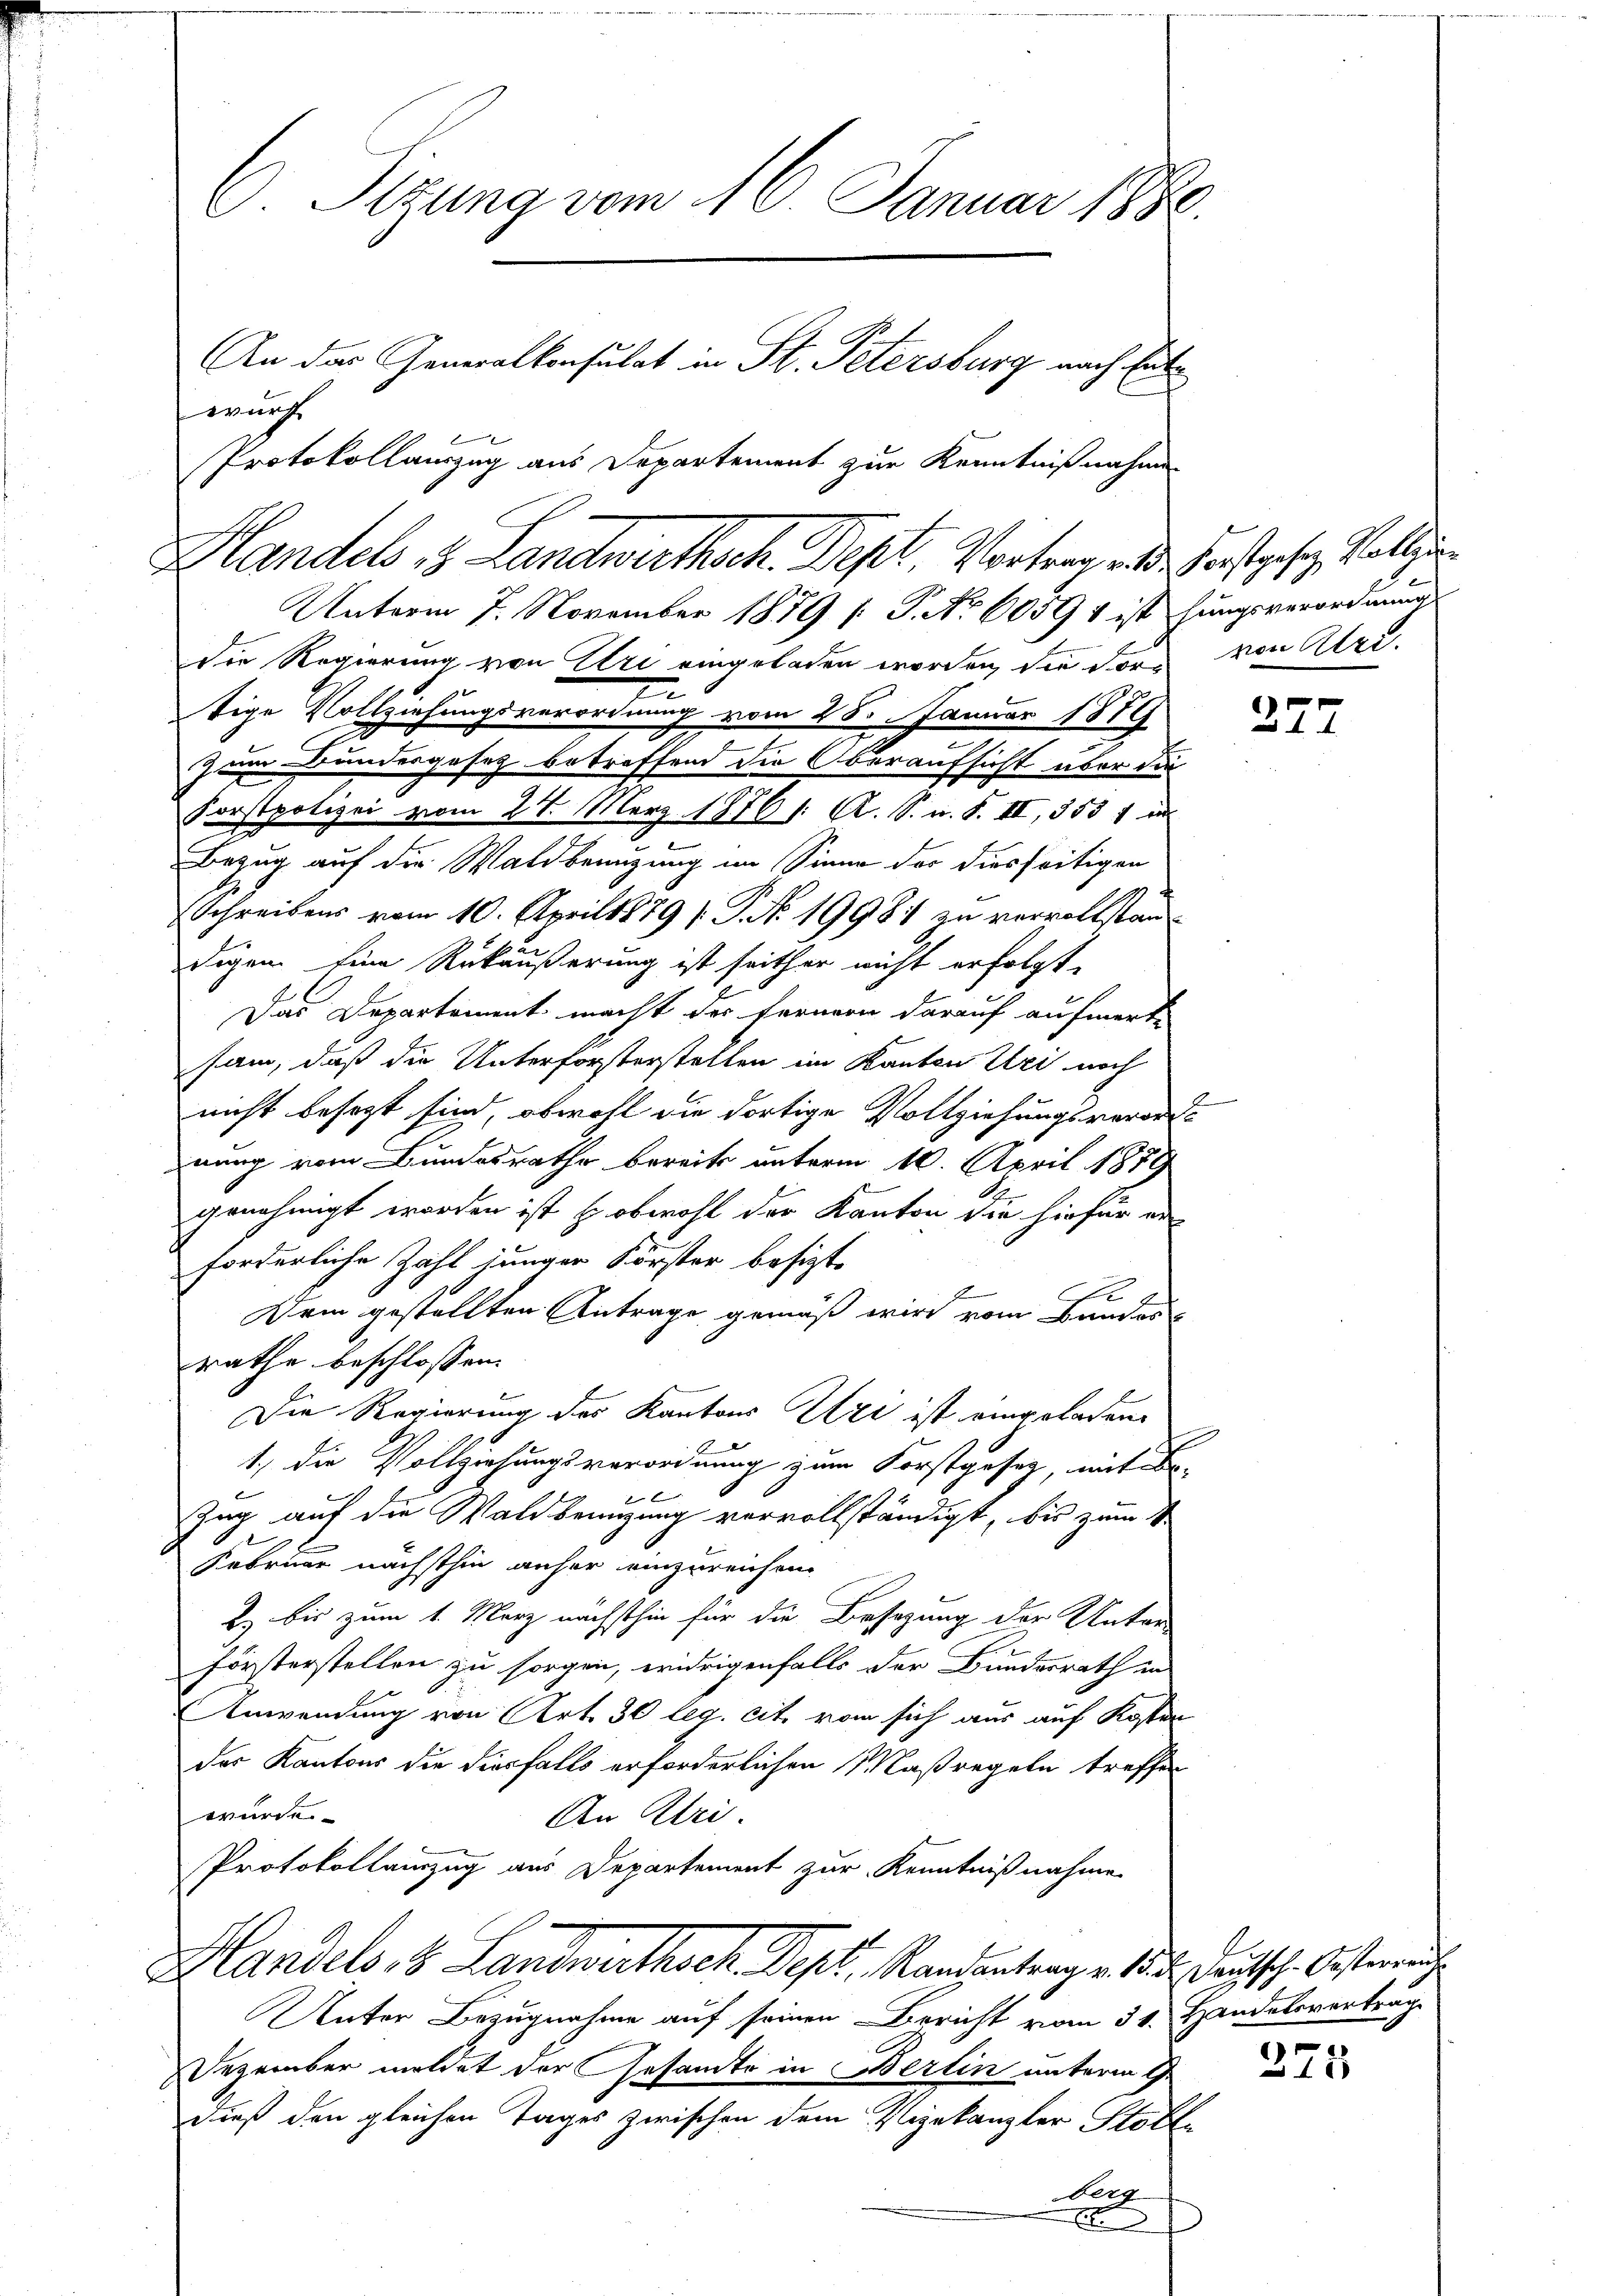
C. Sitzung vom 16. Januar 1880.
An das Generalkonsulat in St. Petersburg nach Entwurf
Protokollauszug aus Departement zur Kenntnißnahme

Unterm 7. November 1879 [ P. Nr. 6059 & ist hungsverordnung
die Regierung von Uri eingeladen worden, die Forn von Art.
tige Vollziehungsverordnung vom 28. Januar 1879
zum Bundesgesetz betreffend die Oberaufsicht über die
Forstpolizei vom 27. März 1876 /: A. S. n. F. II, 3531 an
Bezug auf die Waldbenutzung im Sinne der diesseitigen
Schreibens vom 10. April 1879 P. No. 19981 zu vervollstandigen Eine Rükäußerung ist seither nicht erfolgt.
Das Departement macht des Fernern darauf aufmerke
sam, daß die Unterförsterstellen im Rauben Uri noch
nicht besezt sind, obwohl die dortige Vollziehungsverodes
nung vom Bundesrathe bereits unterm 10. April 1879
genehmigt worden ist, so obwohl der Kanton die hiefür ei
forderliche Zahl jungen Förster besizt,
Dem gestellten Antrage gemäß wird vom Bundes-
rathe beschlossen:
Die Regierung des Kantons Uri ist eingeladen.
1.) Die Vollziehungsverordnung zum Forstgesetz, mit Be-
x
Zug auf die Waldbenuzung vervollständigt, bis zum V
Februar nächsthin anher einzureichen
Es bis zum 1. März nächsthin für die Besizung der Unter-
Försterstellen zu sorgen, widrigenfalls der Bundesrath an
Anwendung von Art. 30 leg. cit. vom sich aus auf Kosten
der Kantons die diesfalls erforderlichen Maßregeln treffen
wurde
An Klei
Protokollamzug aus Departement zur Kenntnißnahme
Handels, 8. Landwirthsch. Dept. Randentrag v. 1832. Deutsch. Oesterrent
Unter Bezugnahme auf seinen Bericht vom 31. Handelsverträg
Dezember meldet der Gesandte in Berlin unterm 9.
dieß den gleichen Tages zwischen dem Vigekanzler Stolle
Berg
x

Handels, 18. Landwertheck. Dept. Vortragend erstrafe Vollzi

247

275